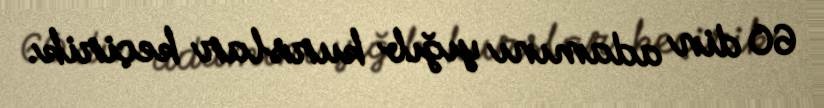
60 din adamını yığıb kurslar keçirik.